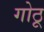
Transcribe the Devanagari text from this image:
गोठू